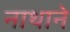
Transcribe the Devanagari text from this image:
नाथाने